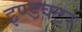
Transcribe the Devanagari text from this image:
इण्डक्टर